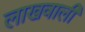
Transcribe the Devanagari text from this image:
लाखवाली